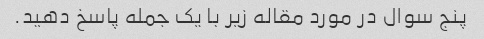
پنج سوال در مورد مقاله زیر با یک جمله پاسخ دهید.